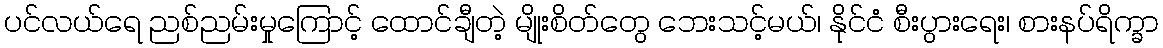
ပင်လယ်ရေ ညစ်ညမ်းမှုကြောင့် ထောင်ချီတဲ့ မျိုးစိတ်တွေ ဘေးသင့်မယ်၊ နိုင်ငံ စီးပွားရေး၊ စားနပ်ရိက္ခာ